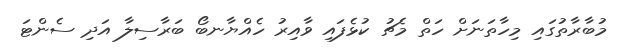
މުބާރާތުގައި މިހާތަނަށް ހަތް މެޗު ކުޅެފައި ވާއިރު ހެއްޔާނބޯ ބަރާސިލާ އަދި ސެންޓަ